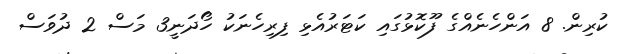
ކުރިން. 8 އަންހެނެއްގެ ފޫކޮޅުގައި ކަޓަރުއެޅި ފިރިހެނަކު ހޯދަނީ3 މަސް 2 ދުވަސް